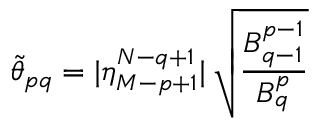
\tilde { \theta } _ { p q } = | \eta _ { M - p + 1 } ^ { N - q + 1 } | \: \sqrt { \frac { B _ { q - 1 } ^ { p - 1 } } { B _ { q } ^ { p } } }